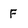
Character: F